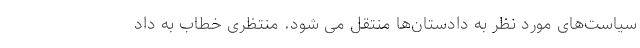
سیاست‌های مورد نظر به دادستان‌ها منتقل می شود. منتظری خطاب به داد